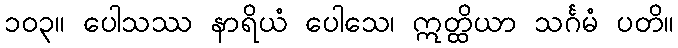
၁၀၃။ ပေါသဿ နာရိယံ ပေါသေ၊ ဣတ္ထိယာ သင်္ဂမံ ပတိ။